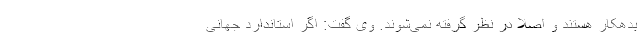
بدهکار هستند و اصلا در نظر گرفته نمی‌شوند. وی گفت: اگر استاندارد جهانی